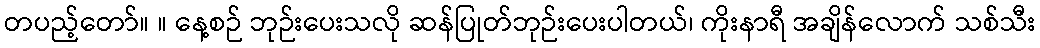
တပည့်တော်။ ။ နေ့စဉ် ဘုဉ်းပေးသလို ဆန်ပြုတ်ဘုဉ်းပေးပါတယ်၊ ကိုးနာရီ အချိန်လောက် သစ်သီး